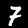
Digit: 7